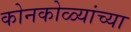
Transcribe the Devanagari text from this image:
कोनकोळ्यांच्या